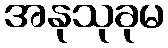
အနုသုခုမ